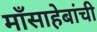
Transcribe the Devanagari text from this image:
माँसाहेबांची